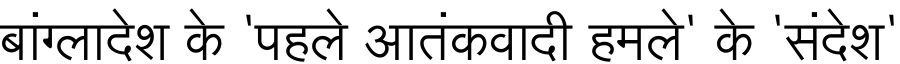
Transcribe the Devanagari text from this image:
बांंग्लादेश के 'पहले आतंकवादी हमले' के 'संदेश'